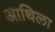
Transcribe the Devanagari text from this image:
आथिला